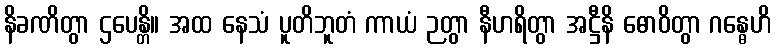
နိခဏိတွာ ဌပေန္တိ။ အထ နေသံ ပူတိဘူတံ ကာယံ ဉတွာ နီဟရိတွာ အဋ္ဌီနိ ဓောဝိတွာ ဂန္ဓေဟိ